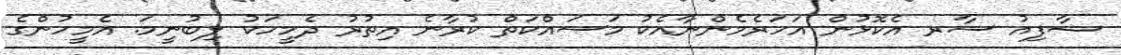
ޝާފިއު ސާރ އެކޮޅުން އަހަރެމެންނާއެކު މަސައްކަތް ކުރާނެ އިތުރު ދެމީހަކު ލިބުނީމަ. އެމީހުންގެ